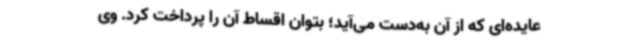
عایده‌ای که از آن به‌دست می‌آید؛ بتوان اقساط آن را پرداخت کرد. وی